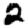
Digit: 2